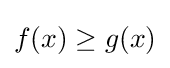
f(x)\geq g(x)